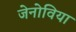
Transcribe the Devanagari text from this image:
जेनोविया